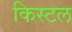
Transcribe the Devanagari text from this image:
किस्टल